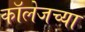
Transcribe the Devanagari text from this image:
काॅलेजच्या